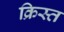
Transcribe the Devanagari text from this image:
क्रिस्त